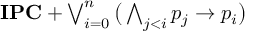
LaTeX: \textstyle \mathbf { I P C } + \bigvee _ { i = 0 } ^ { n } { \bigl ( } \bigwedge _ { j < i } p _ { j } \to p _ { i } { \bigr ) }